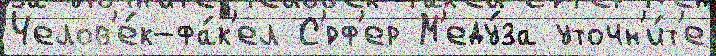
Челов'е́к-фа́к'ел С'́рф'ер М'еду́за уточн'и́т'е